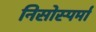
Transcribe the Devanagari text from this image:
निसोस्पर्मा